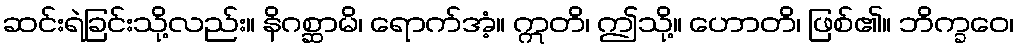
ဆင်းရဲခြင်းသို့လည်း။ နိဂစ္ဆာမိ၊ ရောက်အံ့။ ဣတိ၊ ဤသို့။ ဟောတိ၊ ဖြစ်၏။ ဘိက္ခဝေ၊